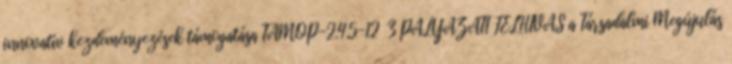
innovatív kezdeményezések támogatása TÁMOP-2.4.5-12 3 PÁLYÁZATI FELHÍVÁS a Társadalmi Megújulás